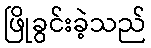
ဖြိုခွင်းခဲ့သည်